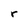
Character: r